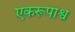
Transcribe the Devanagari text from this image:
एकरूपाश्व